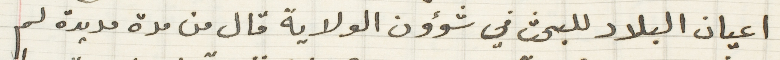
اعيان البلاد للبحث في شؤون الولاية قال من مدة مديدة لم